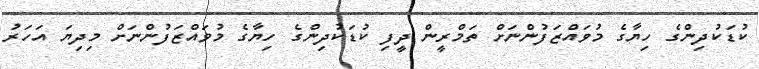
ކުޑަކުދިންގެ ހިޔާގެ މުވައްޒަފުންނަށް ތަމްރީން ދީފި ކުޑަކުދިންގެ ހިޔާގެ މުވައްޒަފުންނަށް މިދިޔަ އަހަރު